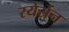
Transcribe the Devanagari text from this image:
रयेर्सन